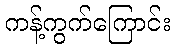
ကန့်ကွက်ကြောင်း